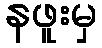
နဖူးမှ